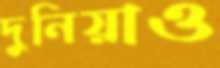
দুনিয়াও